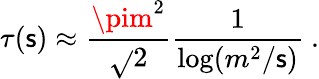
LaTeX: \tau(\mathsf{s})\approx\frac{{\pim^{2}}}{{\sqrt{}{{2}}}}\frac{{1}}{{\log(m^{2}/\mathsf{s})}}\ .